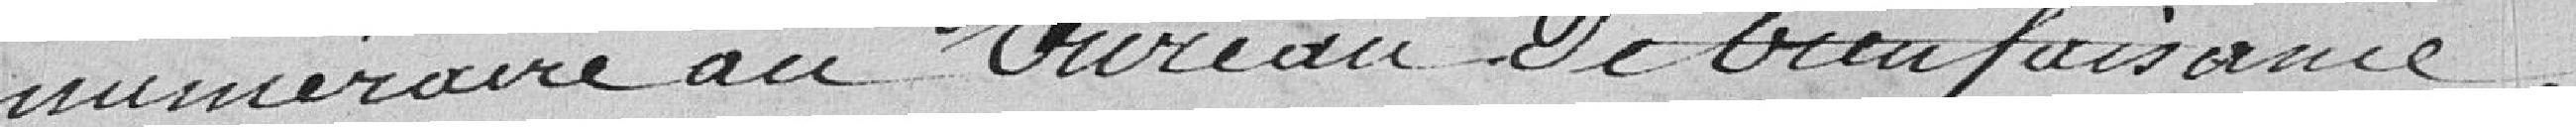
numéraire au bureau de bienfaisance,